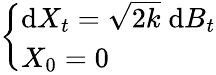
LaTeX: \left\{ {\begin{array}{ll}{{\mathrm{d}}X_{t}={\sqrt{2k}}\; {\mathrm{d}}B_{t}}\\ {X_{0}=0}\end{array}}\right.